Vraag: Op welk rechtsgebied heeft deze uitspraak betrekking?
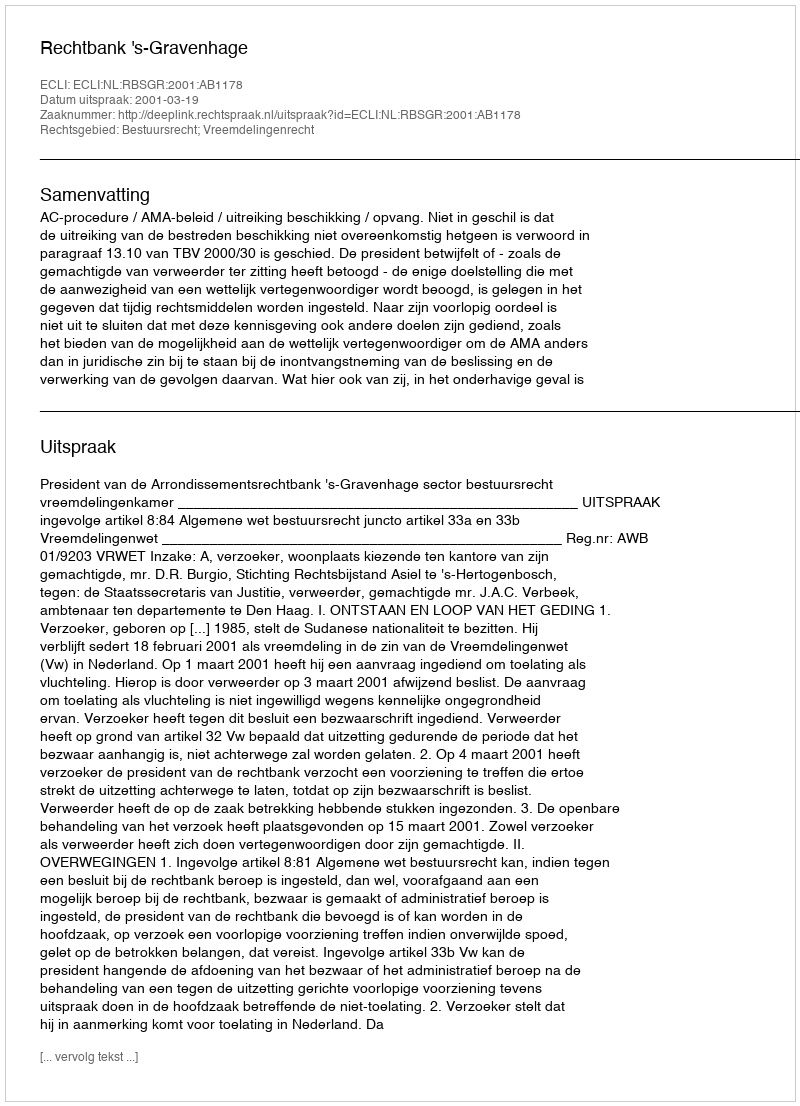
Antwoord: Bestuursrecht; Vreemdelingenrecht